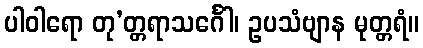
ပါဝါရော တု’တ္တရာသင်္ဂေါ၊ ဥပသံဗျာန မုတ္တရံ။